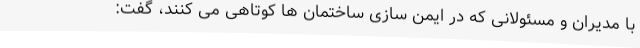
با مدیران و مسئولانی که در ایمن سازی ساختمان ها کوتاهی می کنند، گفت: